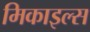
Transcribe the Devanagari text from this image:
मिकाइल्स